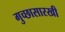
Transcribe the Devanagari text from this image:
गुच्छासारखी